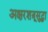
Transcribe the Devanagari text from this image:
अक्षरशत्रूसुद्धा